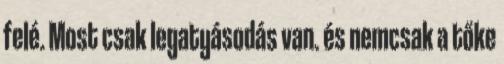
felé. Most csak legatyásodás van. és nemcsak a tőke